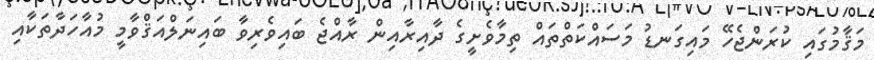
މަޤާމުގައި ކުރަންޖެހޭ މައިގަނޑު މަސައްކަތްތައް ތިމާވެށީގެ ދާއިރާއިން ރާއްޖެ ބައިވެރިވާ ބައިނަލްއަޤްވާމީ މުއާހަދާތަކާއި